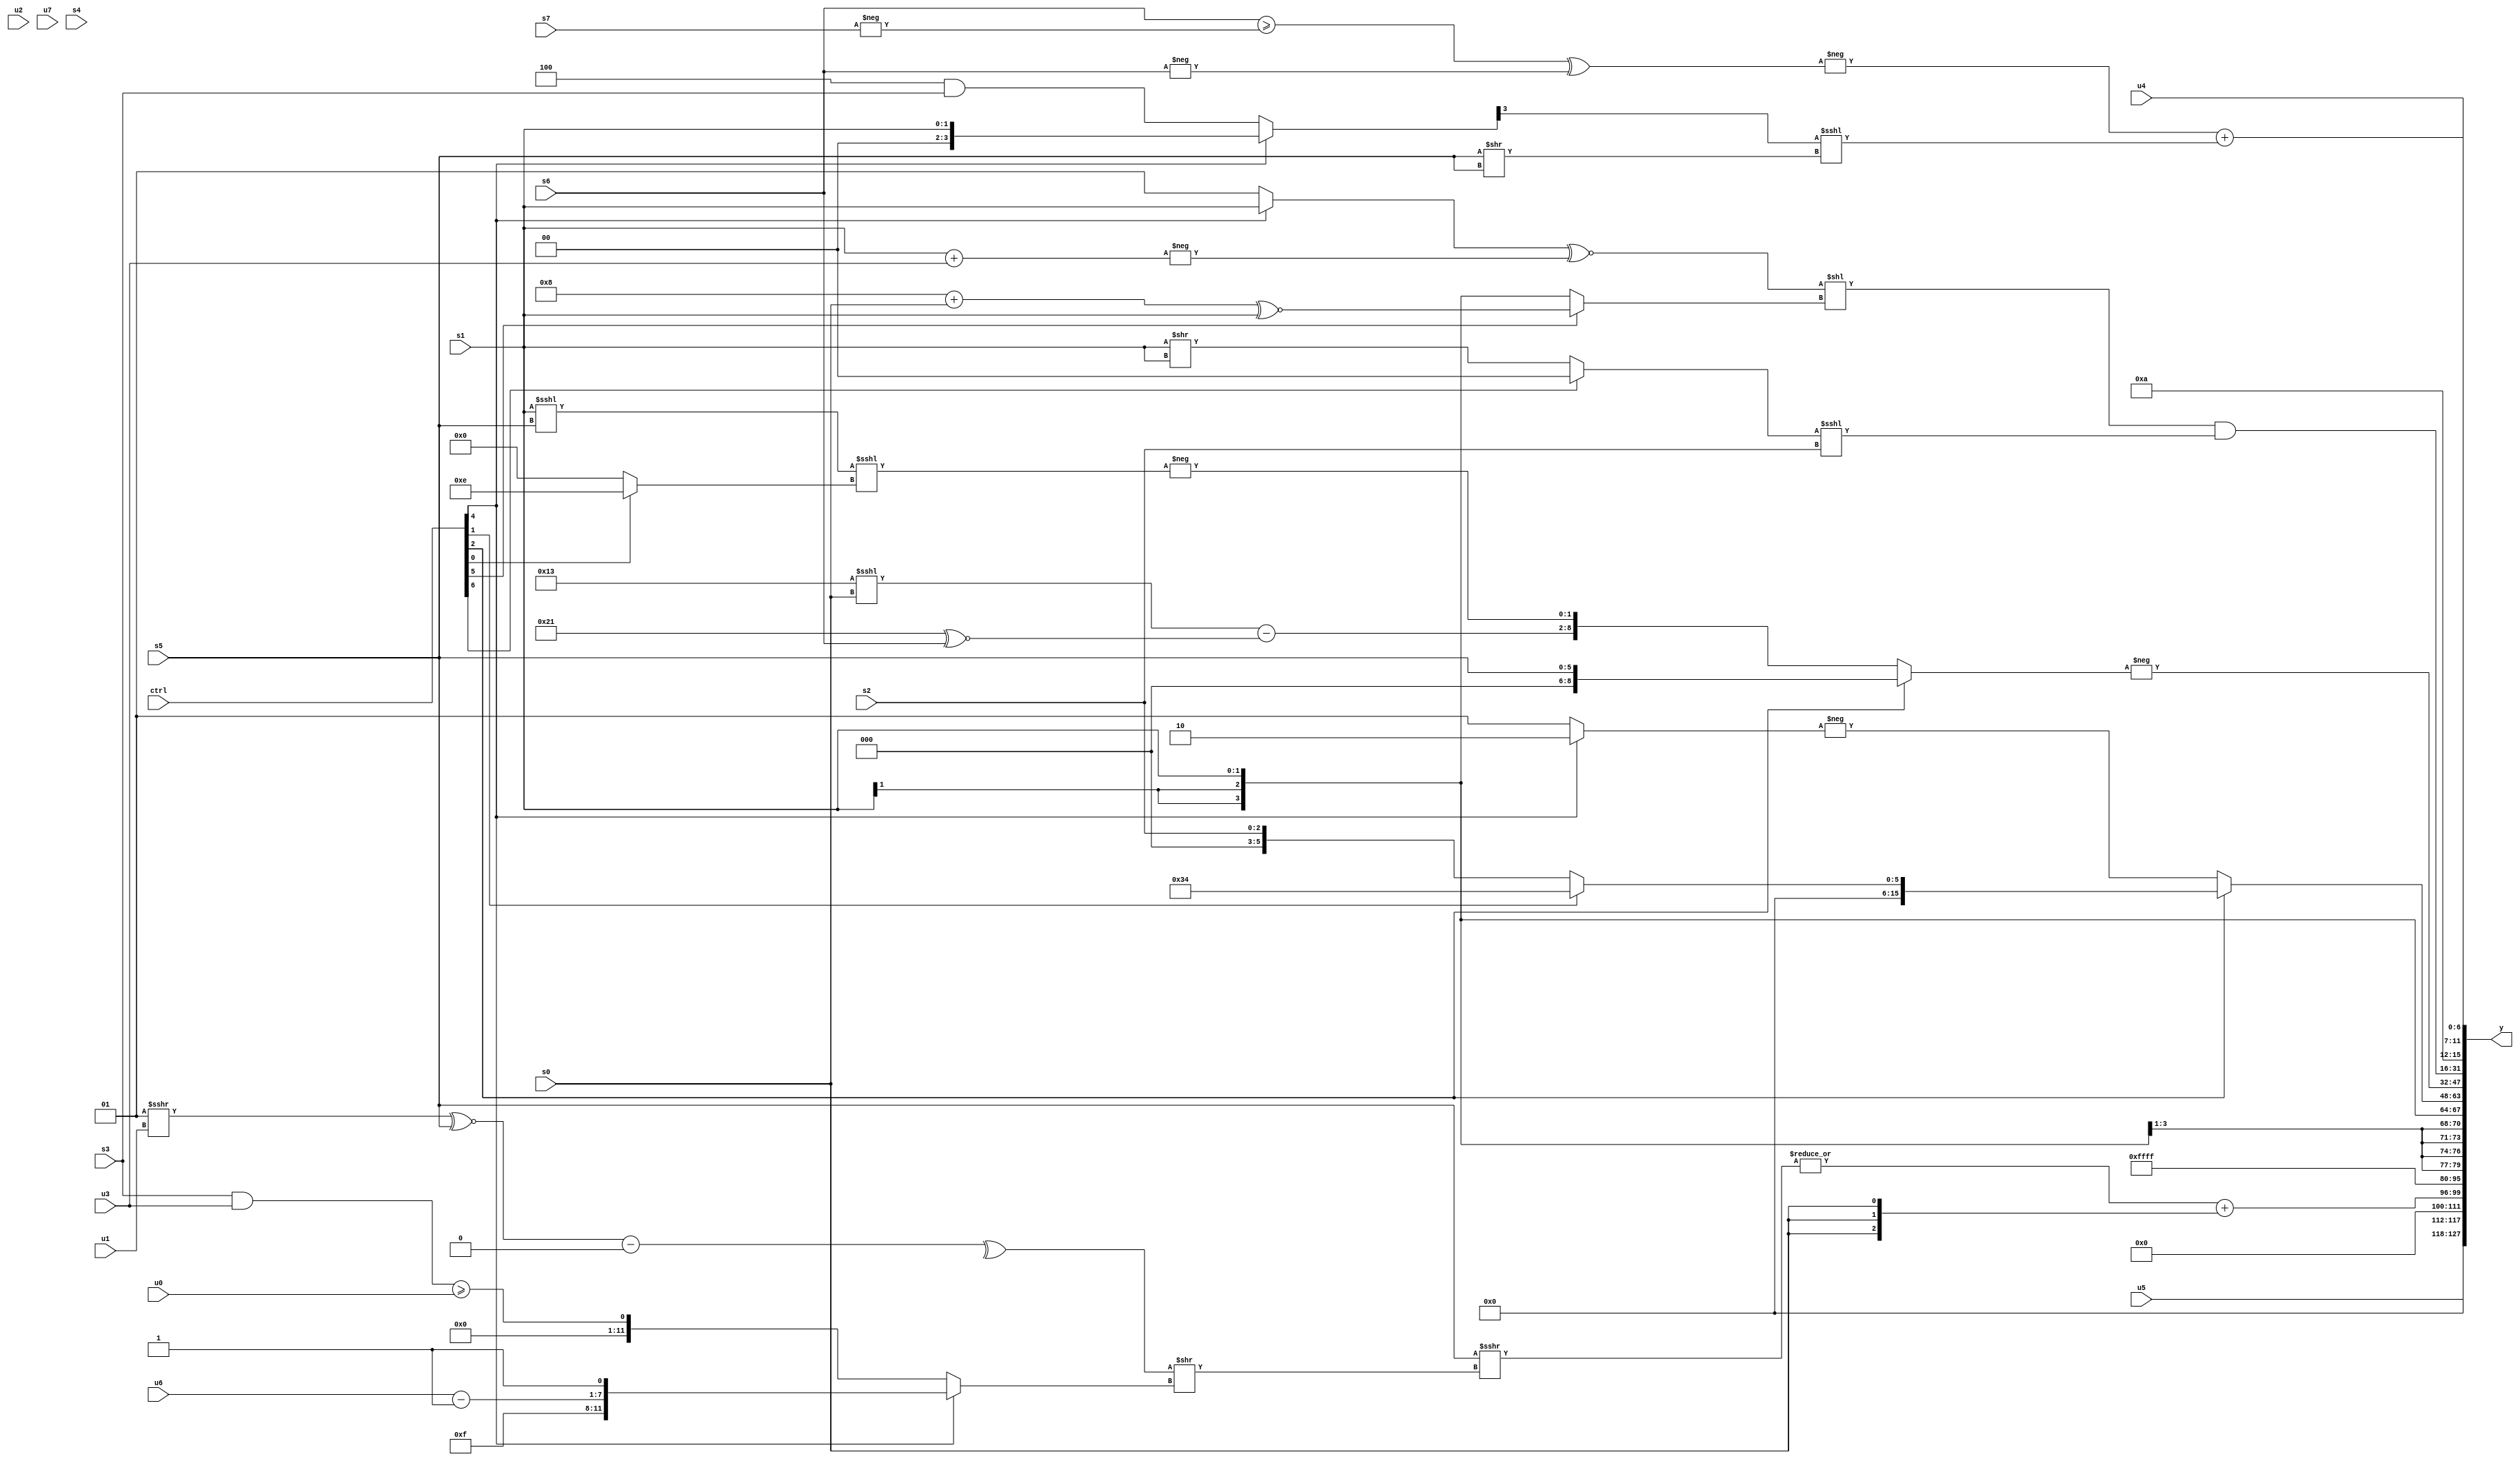
module wideexpr_00461(ctrl, u0, u1, u2, u3, u4, u5, u6, u7, s0, s1, s2, s3, s4, s5, s6, s7, y);
  input [7:0] ctrl;
  input [0:0] u0;
  input [1:0] u1;
  input [2:0] u2;
  input [3:0] u3;
  input [4:0] u4;
  input [5:0] u5;
  input [6:0] u6;
  input [7:0] u7;
  input signed [0:0] s0;
  input signed [1:0] s1;
  input signed [2:0] s2;
  input signed [3:0] s3;
  input signed [4:0] s4;
  input signed [5:0] s5;
  input signed [6:0] s6;
  input signed [7:0] s7;
  output [127:0] y;
  wire [15:0] y0;
  wire [15:0] y1;
  wire [15:0] y2;
  wire [15:0] y3;
  wire [15:0] y4;
  wire [15:0] y5;
  wire [15:0] y6;
  wire [15:0] y7;
  assign y = {y0,y1,y2,y3,y4,y5,y6,y7};
  assign y0 = u5;
  assign y1 = (|(($signed(s5))>>>((^((((5'sb00001)>>>(u1))^~($signed(s5)))-(3'sb000)))>>($signed((ctrl[4]?{$signed(5'sb01111),(u6)-(2'sb01),$signed(1'sb1)}:((s3)&(u3))>=($signed(u0))))))))+({3{s0}});
  assign y2 = 1'sb1;
  assign y3 = s1;
  assign y4 = (ctrl[2]?(ctrl[1]?6'sb110100:s2):-((ctrl[4]?2'sb10:({3{(1'sb0)<<<(2'b00)}})+(3'b001))));
  assign y5 = -((ctrl[2]?{$unsigned($signed(s5))}:{$unsigned(((6'sb010011)<<<(s0))-((6'sb100001)^~(s6))),-(((s1)<<<(s5))<<<((ctrl[0]?4'sb1110:1'sb0)))}));
  assign y6 = ((((ctrl[4]?s1:+(3'sb001)))^~(-((s1)+(u3))))<<((ctrl[5]?((4'sb1000)+(s0))^~($signed(s1)):s1)))&(((ctrl[6]?1'sb0:$signed((s1)>>(s1))))<<<(s2));
  assign y7 = {5'sb01010,+(u4),(-(((s6)>=(-(+(s7))))^({1{-(s6)}})))+((((ctrl[4]?s1:(3'sb100)&(s3)))>>>(3'sb011))<<<(($signed(s5))>>(s5)))};
endmodule